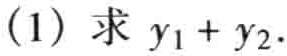
(1) 求 \(y_{1}+y_{2}\).